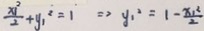
\frac { x ^ { 2 } } { 2 } + y _ { 1 } ^ { 2 } = 1 \Rightarrow y _ { 1 } ^ { 2 } = 1 - \frac { x _ { 1 } ^ { 2 } } { 2 }